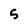
Character: 5